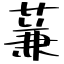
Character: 蒹